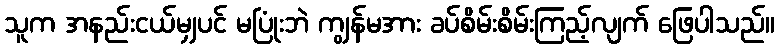
သူက အနည်းငယ်မျှပင် မပြုံးဘဲ ကျွန်မအား ခပ်စိမ်းစိမ်းကြည့်လျက် ဖြေပါသည်။